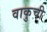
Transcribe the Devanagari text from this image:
वाकुची